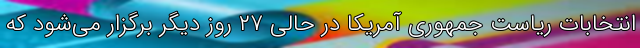
انتخابات ریاست جمهوری آمریکا در حالی ۲۷ روز دیگر برگزار می‌شود که